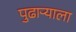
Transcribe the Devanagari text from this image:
पुढाऱ्याला